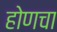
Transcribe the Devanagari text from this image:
होणचा